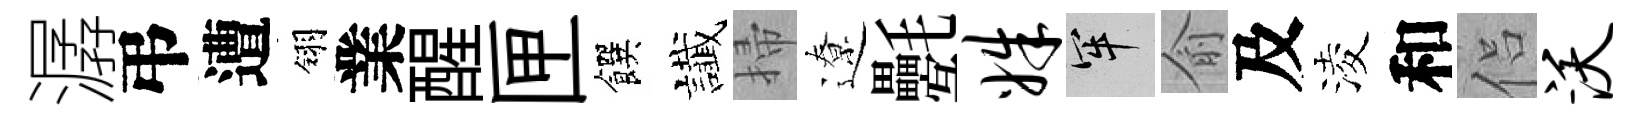
潺弔遭翎業醒匣饌䜟掃遼氎姝牢俞及淩和侣沃